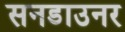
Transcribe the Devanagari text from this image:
सनडाउनर